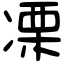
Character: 凓